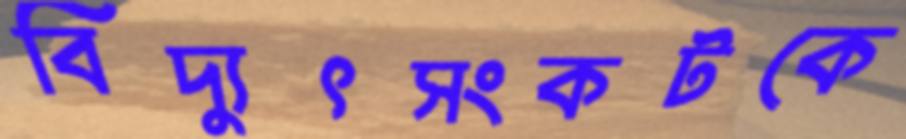
বিদ্যুৎসংকটকে